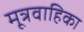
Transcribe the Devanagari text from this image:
मूत्रवाहिका